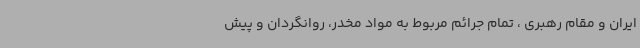
ایران و مقام رهبری ، تمام جرائم مربوط به مواد مخدر، روانگردان و پیش